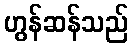
ဟွန်ဆန်သည်